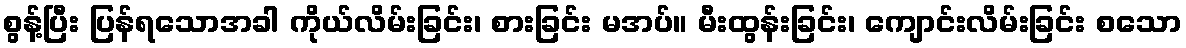
စွန့်ပြီး ပြန်ရသောအခါ ကိုယ်လိမ်းခြင်း၊ စားခြင်း မအပ်။ မီးထွန်းခြင်း၊ ကျောင်းလိမ်းခြင်း စသော